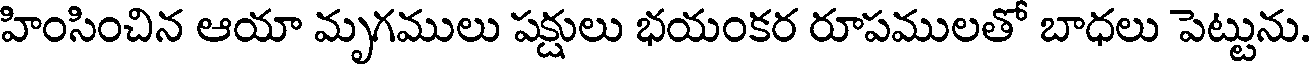
హింసించిన ఆయా మృగములు పక్షులు భయంకర రూపములతో బాధలు పెట్టును.